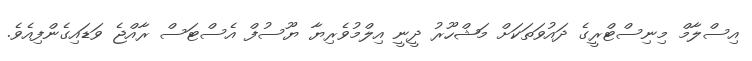
އިސްލާމް މިނިސްޓްރީގެ ދައުވަތަކަށް މަޝްހޫރު ދީނީ އިލްމުވެރިޔާ ޔޫސުފް އެސްޓަސް ރާއްޖެ ވަޑައިގެންފިއެވެ.